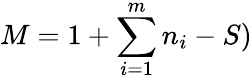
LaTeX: M=1+\sum_{i=1}^{m}n_{i}-S)